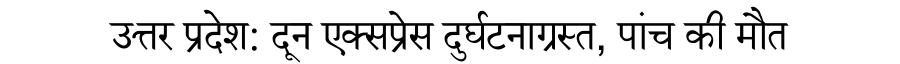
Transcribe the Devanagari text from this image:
उत्तर प्रदेश: दून एक्सप्रेस दुर्घटनाग्रस्त, पांच की मौत